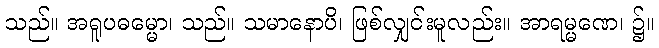
သည်။ အရူပဓမ္မော၊ သည်။ သမာနောပိ၊ ဖြစ်လျှင်းမူလည်း။ အာရမ္မဏေ၊ ၌။